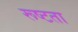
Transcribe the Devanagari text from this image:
रूष्टता